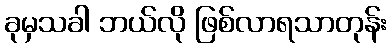
ခုမှသခါ ဘယ်လို ဖြစ်လာရသာတုန်း